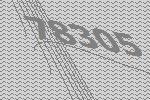
78305